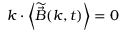
\boldsymbol { k } \cdot \left< \widetilde { \vec { B } } ( \boldsymbol { k } , t ) \right> = 0